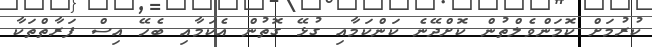
ކުރުމަށް ކޮމަންވެލްތުން ކޮށްދޭނެ ކަންކަމާއި ގުޅޭ ގޮތުން އެކަމާއި ބެހޭ އިސް ފަރާތްތަކާ